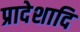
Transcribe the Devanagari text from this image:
प्रादेशादि